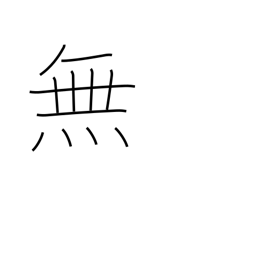
Meaning: not